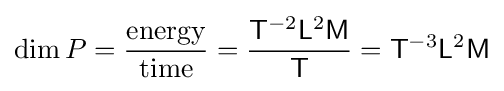
\operatorname {dim} P={\frac {\text{energy}}{\text{time}}}={\frac {{\mathsf {T}}^{-2}{\mathsf {L}}^{2}{\mathsf {M}}}{\mathsf {T}}}={\mathsf {T}}^{-3}{\mathsf {L}}^{2}{\mathsf {M}}